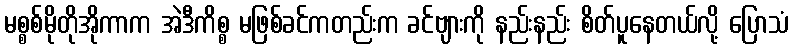
မစ္စစ်မိုတိုအိုကာက အဲဒီကိစ္စ မဖြစ်ခင်ကတည်းက ခင်ဗျားကို နည်းနည်း စိတ်ပူနေတယ်လို့ ပြောသံ